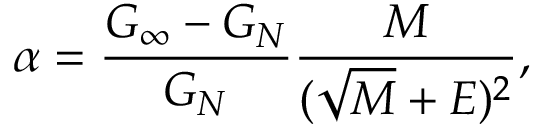
\alpha = { \frac { G _ { \infty } - G _ { N } } { G _ { N } } } { \frac { M } { ( { \sqrt { M } } + E ) ^ { 2 } } } ,